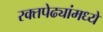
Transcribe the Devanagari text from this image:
रक्तपेढ्यांमध्ये